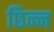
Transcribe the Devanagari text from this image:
छिन्‍न